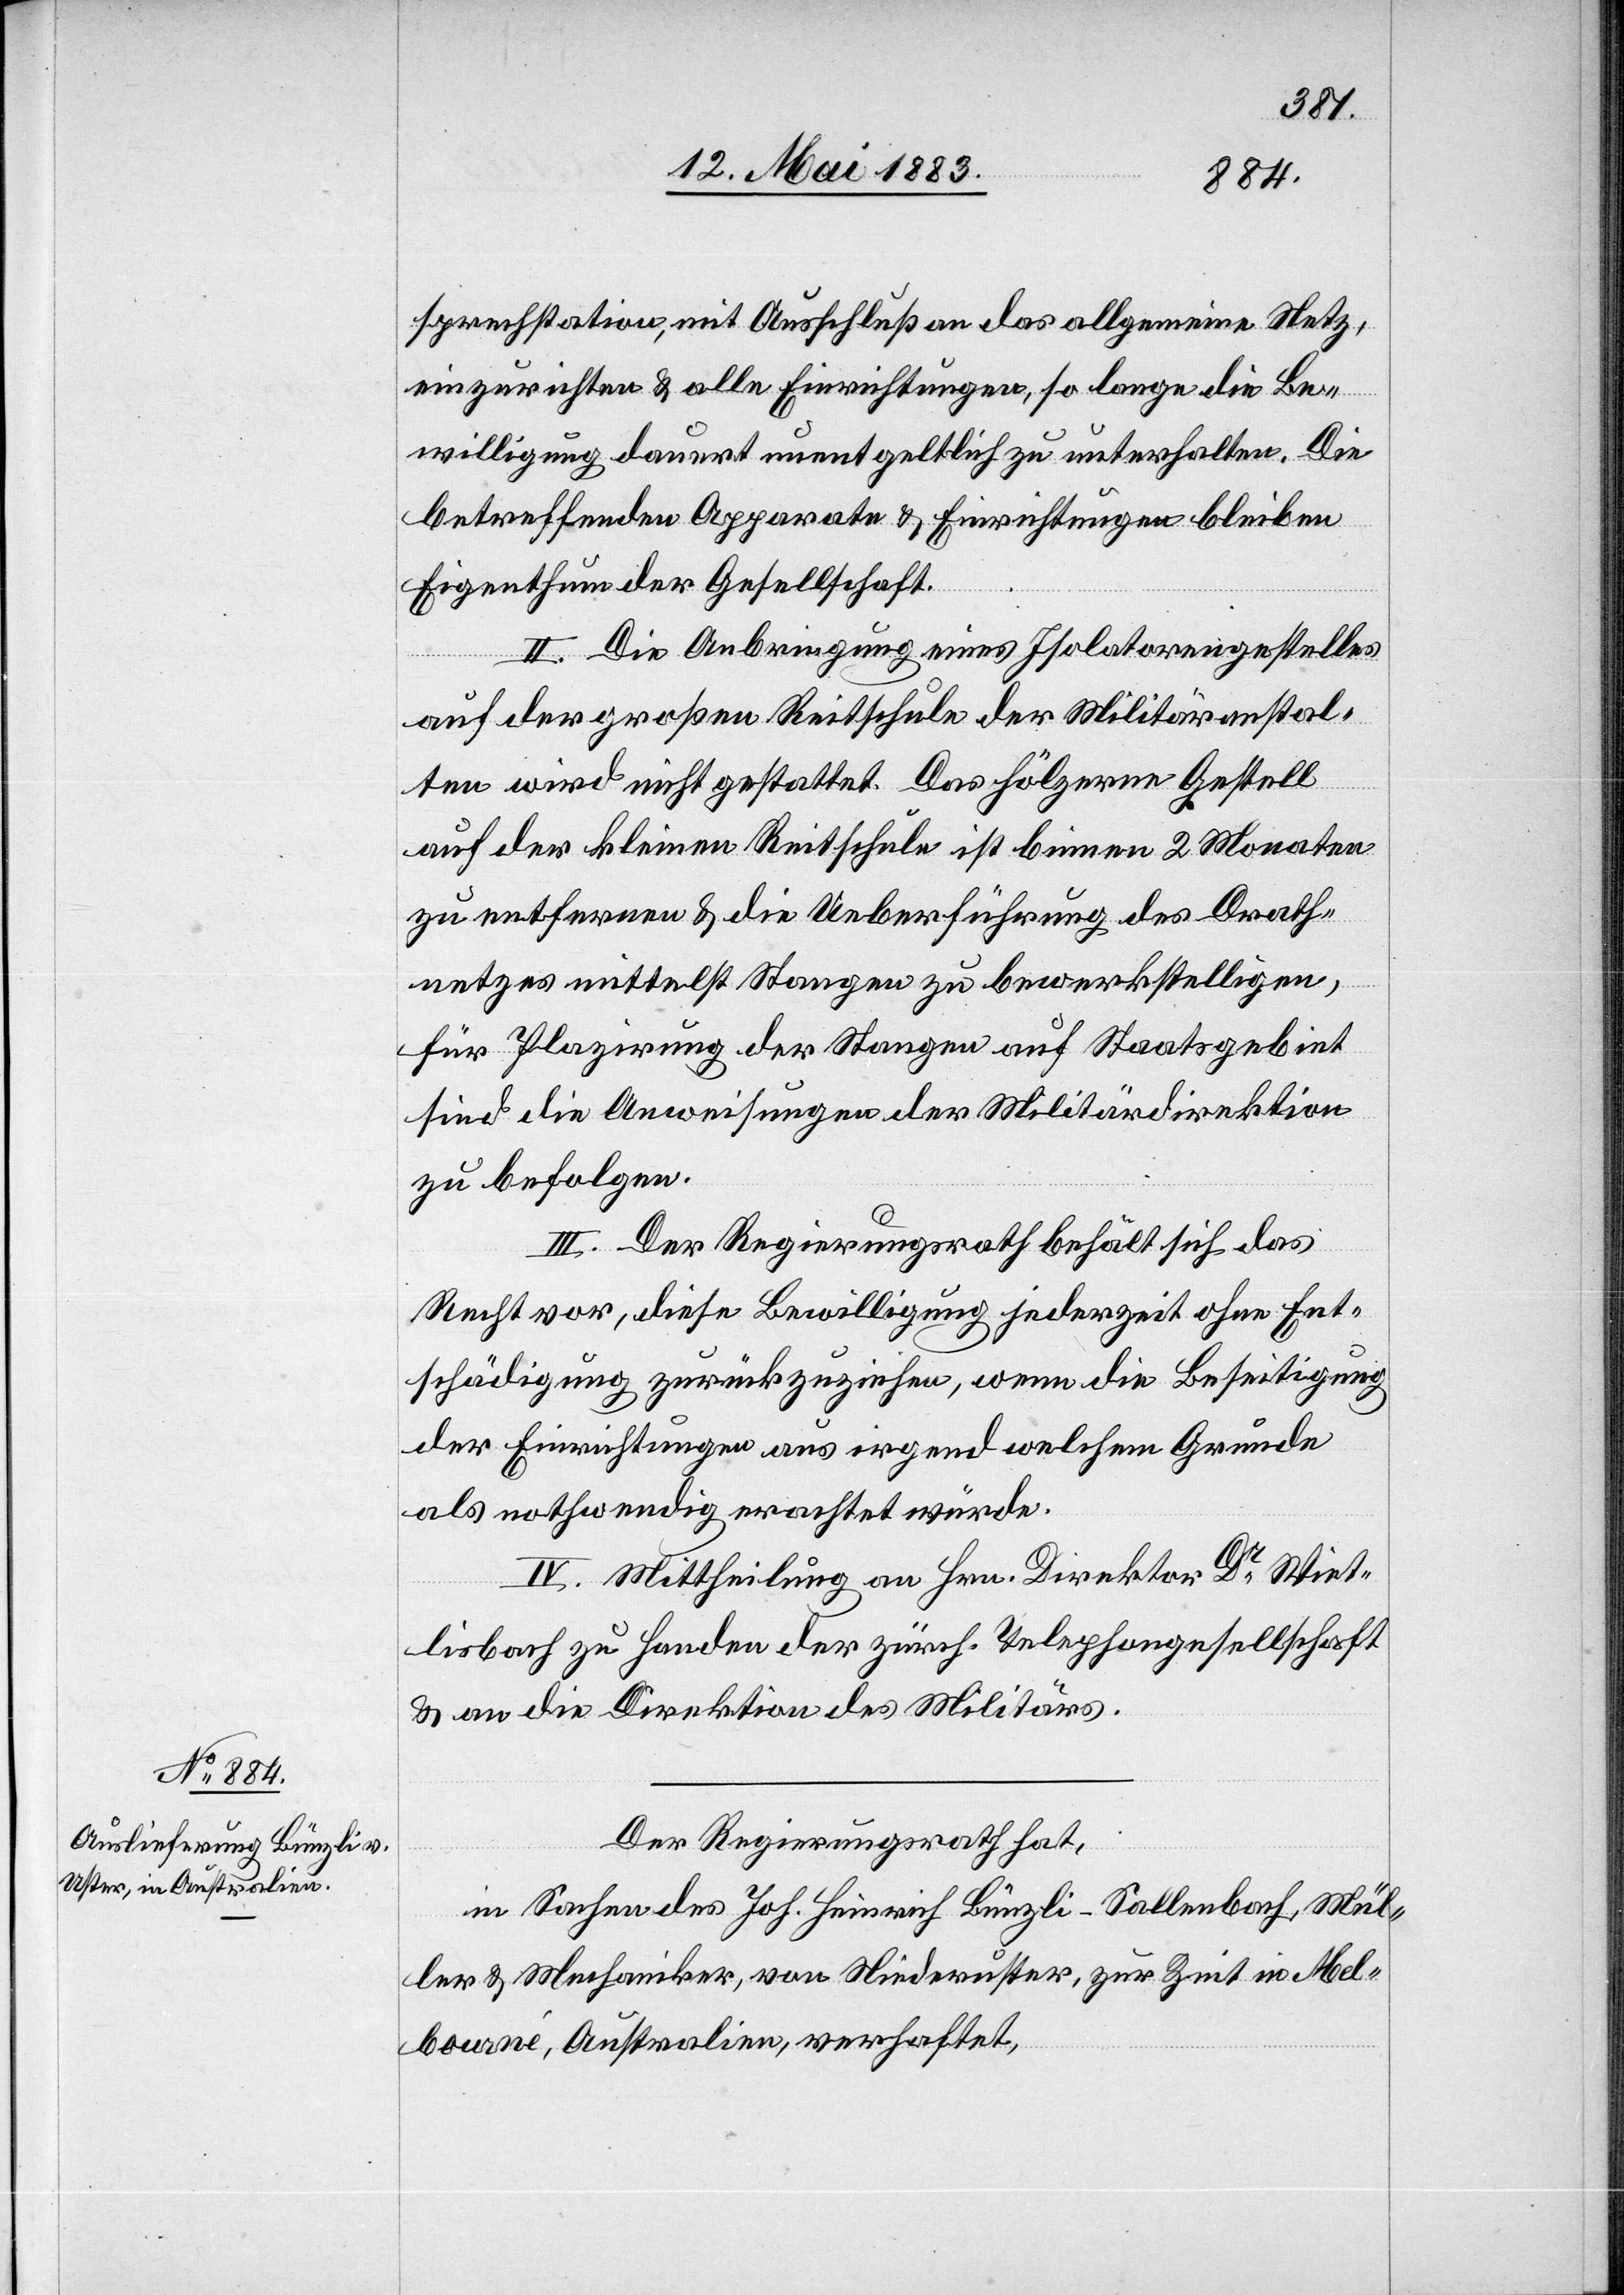
sprechstation, mit Auschluß an das allgemeine Netz,
einzurichten & alle Einrichtungen, so lange die Be¬
willigung dauert unentgeltlich zu unterhalten. Die
betreffenden Apparate & Einrichtungen bleiben
Eigenthum der Gesellschaft.
II. Die Anbringung eines Isolatorengestelles
auf der großen Reitschule der Militäranstal¬
ten wird nicht gestattet. Das hölzerne Gestell
auf der kleinen Reitschule ist binnen 2 Monaten
zu entfernen & die Ueberführung des Drath¬
netzes mittelst Stangen zu bewerkstelligen,
für Plazirung der Stangen auf Staatsgebiet
sind die Anweisungen der Militärdirektion
zu befolgen.
III. Der Regierungsrath behält sich das
Recht vor, diese Bewilligung jederzeit ohne Ent¬
schädigung zurückzuziehen, wenn die Beseitigung
der Einrichtungen aus irgendwelchem Grunde
als nothwendig erachtet würde.
IV. Mittheilung an Hrn. Direktor Dr Wiet¬
lisbach zu Handen der zürch. Telephongesellschaft
& an die Direktion des Militärs.
Der Regierungsrath hat,
in Sachen des Joh. Heinrich Bünzli-Sallenbach, Mül¬
ler & Mechaniker, von Niederuster, zur zeit in Mel¬
bourné [sic!], Australien, verhaftet,